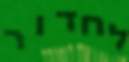
לחדור